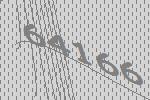
64166